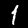
Digit: 1